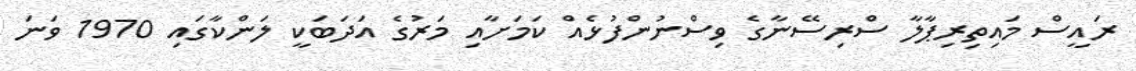
ރައީސް މައިތިރިޕާލާ ސްރިސޭނާގެ ވިސްނުންފުޅެއް ކަމަށާއި މަރުގެ އަދަބަކީ ލަންކާގައި 1970 ވަނަ